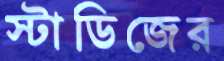
স্টাডিজের